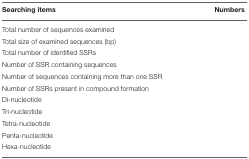
<table><thead><tr><td><b>Searching items</b></td><td><b>Numbers</b></td></tr></thead><tbody><tr><td>Total number of sequences examined</td><td>[EMPTY_CELL]</td></tr><tr><td>Total size of examined sequences (bp)</td><td>[EMPTY_CELL]</td></tr><tr><td>Total number of identified SSRs</td><td>[EMPTY_CELL]</td></tr><tr><td>Number of SSR containing sequences</td><td>[EMPTY_CELL]</td></tr><tr><td>Number of sequences containing more than one SSR</td><td>[EMPTY_CELL]</td></tr><tr><td>Number of SSRs present in compound formation</td><td>[EMPTY_CELL]</td></tr><tr><td>Di-nucleotide</td><td>[EMPTY_CELL]</td></tr><tr><td>Tri-nucleotide</td><td>[EMPTY_CELL]</td></tr><tr><td>Tetra-nucleotide</td><td>[EMPTY_CELL]</td></tr><tr><td>Penta-nucleotide</td><td>[EMPTY_CELL]</td></tr><tr><td>Hexa-nucleotide</td><td>[EMPTY_CELL]</td></tr></tbody></table>